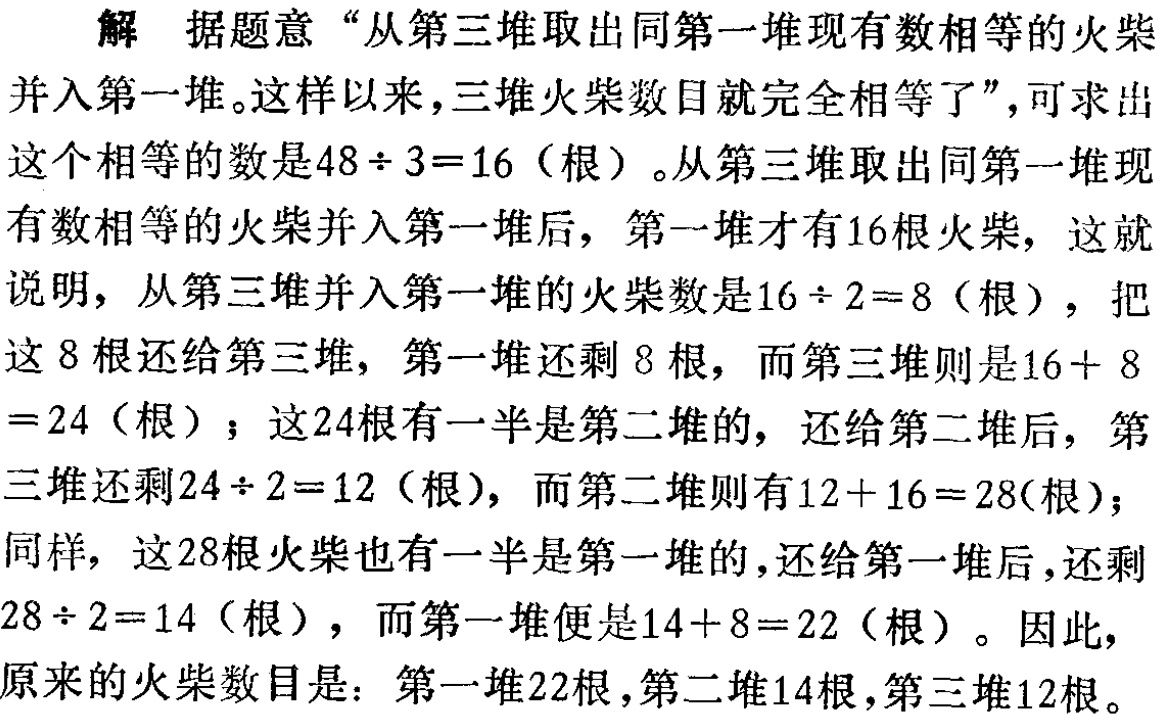
解 据题意 “从第三堆取出同第一堆现有数相等的火柴并入第一堆。这样以来，三堆火柴数目就完全相等了”，可求出这个相等的数是\(48\div 3 = 16\)（根）。从第三堆取出同第一堆现有数相等的火柴并入第一堆后，第一堆才有\(16\)根火柴，这就说明，从第三堆并入第一堆的火柴数是\(16\div 2 = 8\)（根），把这\(8\)根还给第三堆，第一堆还剩\(8\)根，而第三堆则是\(16 + 8= 24\)（根）；这\(24\)根有一半是第二堆的，还给第二堆后，第三堆还剩\(24\div 2 = 12\)（根），而第二堆则有\(12 + 16 = 28\)(根)；同样，这\(28\)根火柴也有一半是第一堆的，还给第一堆后，还剩\(28\div 2 = 14\)（根），而第一堆便是\(14 + 8 = 22\)（根）。因此，原来的火柴数目是：第一堆\(22\)根，第二堆\(14\)根，第三堆\(12\)根。